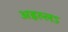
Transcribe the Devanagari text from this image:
अइल्लऽ